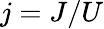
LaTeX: j=J/U